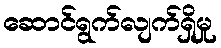
ဆောင်ရွက်လျက်ရှိမှု